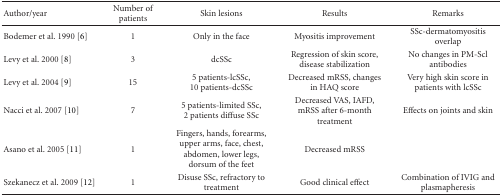
| Author/year | Number of patients | Skin lesions | Results | Remarks |
 | --- | --- | --- | --- | --- |
 | Bodemer et al. 1990 [6] | 1 | Only in the face | Myositis improvement | SSc-dermatomyositis overlap |
 | Levy et al. 2000 [8] | 3 | dcSSc | Regression of skin score, disease stabilization | No changes in PM-Scl antibodies |
 | Levy et al. 2004 [9] | 15 | 5 patients-lcSSc,10 patients-dcSSc | Decreased mRSS, changes in HAQ score | Very high skin score in patients with lcSSc |
 | Nacci et al. 2007 [10] | 7 | 5 patients-limited SSc, 2 patients diffuse SSc | Decreased VAS, IAFD, mRSS after 6-month treatment | Effects on joints and skin |
 | Asano et al. 2005 [11] | 1 | Fingers, hands, forearms, upper arms, face, chest, abdomen, lower legs, dorsum of the feet | Decreased mRSS |  |
 | Szekanecz et al. 2009 [12] | 1 | Disuse SSc, refractory to treatment | Good clinical effect | Combination of IVIG and plasmapheresis |